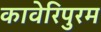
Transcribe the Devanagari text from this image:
कावेरिपुरम